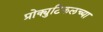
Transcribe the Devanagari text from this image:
प्रोक्युटिकलच्या